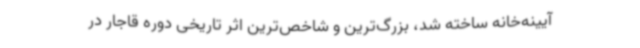
آیینه‌خانه ساخته شد، بزرگ‌ترین و شاخص‌ترین اثر تاریخی دوره قاجار در